Indian journal of veterinary science and animal husbandry - Volumes 18-21, 1948-1951
Year: 1948
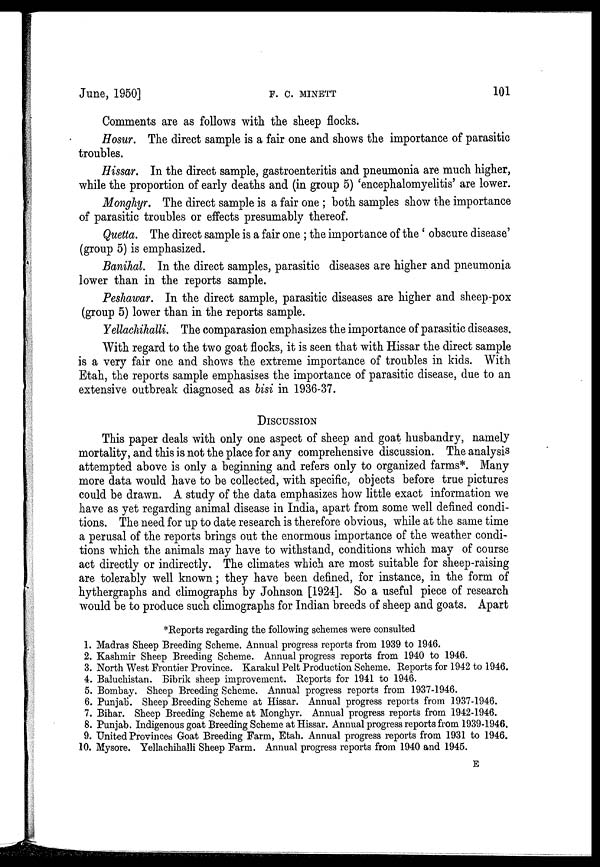
June, 1950]
F.
C.
MINETT
101
Comments are as follows with the sheep flocks.
Hosur. The direct sample is a fair one and shows the importance of parasitic
troubles.
Hissar. In the direct sample, gastroenteritis and pneumonia are much higher,
while the proportion of early deaths and (in group 5) 'encephalomyelitis' are lower.
Monghyr. The direct sample is a fair one ; both samples show the importance
of parasitic troubles or effects presumably thereof.
Quetta. The direct sample is a fair one ; the importance of the ' obscure disease'
(group 5) is emphasized.
Banihal. In the direct samples, parasitic diseases are higher and pneumonia
lower than in the reports sample.
Peshawar. In the direct sample, parasitic diseases are higher and sheep-pox
(group 5) lower than in the reports sample.
Yellachihalli. The comparasion emphasizes the importance of parasitic diseases.
With regard to the two goat flocks, it is seen that with Hissar the direct sample
is a very fair one and shows the extreme importance of troubles in kids. With
Etah, the reports sample emphasises the importance of parasitic disease, due to an
extensive outbreak diagnosed as bisi in 1936-37.
DISCUSSION
This paper deals with only one aspect of sheep and goat husbandry, namely
mortality, and this is not the place for any comprehensive discussion. The analysis
attempted above is only a beginning and refers only to organized farms*. Many
more data would have to be collected, with specific, objects before true pictures
could be drawn. A study of the data emphasizes how little exact information we
have as yet regarding animal disease in India, apart from some well defined condi-
tions. The need for up to date research is therefore obvious, while at the same time
a perusal of the reports brings out the enormous importance of the weather condi-
tions which the animals may have to withstand, conditions which may of course
act directly or indirectly. The climates which are most suitable for sheep-raising
are tolerably well known; they have been defined, for instance, in the form of
hythergraphs and climographs by Johnson [1924]. So a useful piece of research
would be to produce such climographs for Indian breeds of sheep and goats. Apart
*Reports regarding the following schemes were consulted
1. Madras Sheep Breeding Scheme. Annual progress reports from 1939 to 1946.
2. Kashmir Sheep Breeding Scheme. Annual progress reports from 1940 to 1946.
3. North West Frontier Province. Karakul Pelt Production Scheme. Reports for 1942 to 1946.
4. Baluchistan. Bibrik sheep improvement. Reports for 1941 to 1946.
5. Bombay. Sheep Breeding Scheme. Annual progress reports from 1937-1946.
6. Punjab. Sheep Breeding Scheme at Hissar. Annual progress reports from 1937-1946.
7. Bihar. Sheep Breeding Scheme at Monghyr. Annual progress reports from 1942-1946.
8. Punjab. Indigenous goat Breeding Scheme at Hissar. Annual progress reports from 1939-1946.
9. United Provinces Goat Breeding Farm, Etah. Annual progress reports from 1931 to 1946.
10. Mysore. Yellachihalli Sheep Farm. Annual progress reports from 1940 and 1945. E